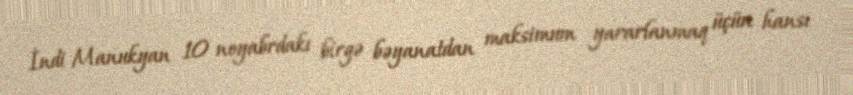
İndi Manukyan 10 noyabrdakı birgə bəyanatdan maksimum yararlanmaq üçün hansı